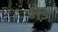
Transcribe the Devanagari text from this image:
मैङ